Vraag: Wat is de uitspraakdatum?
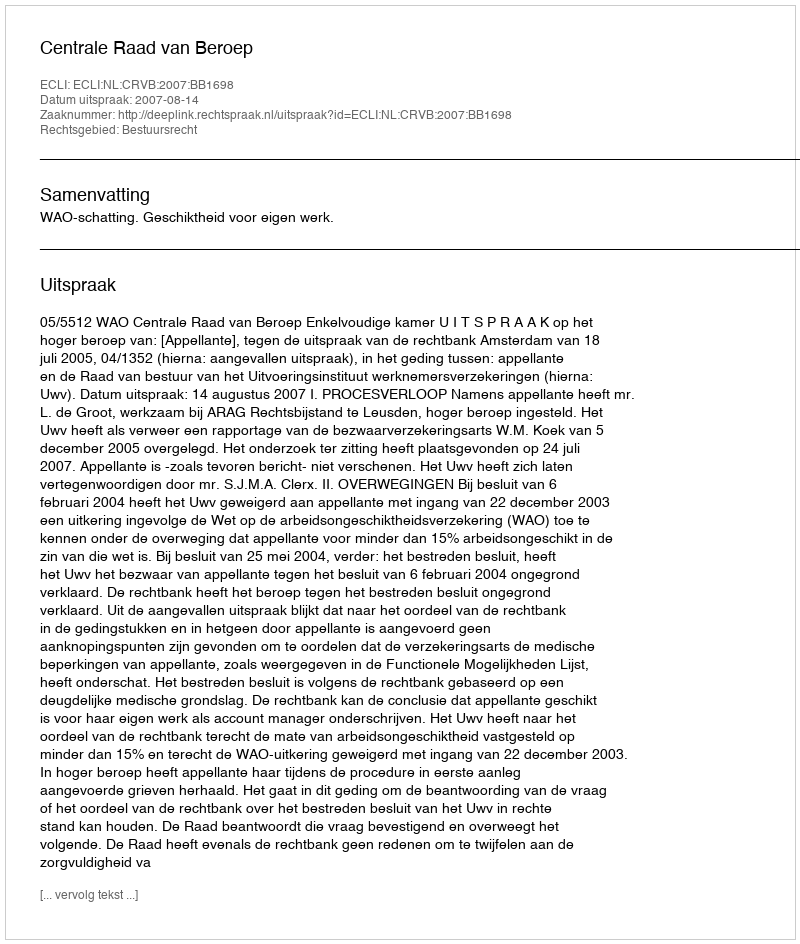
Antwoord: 2007-08-14